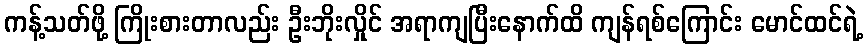
ကန့်သတ်ဖို့ ကြိုးစားတာလည်း ဦးဘိုးလှိုင် အရာကျပြီးနောက်ထိ ကျန်ရစ်ကြောင်း မောင်ထင်ရဲ့